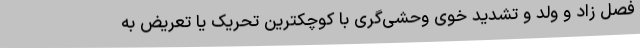
فصل زاد و ولد و تشدید خوی وحشی‌گری با کوچکترین تحریک یا تعریض به